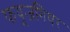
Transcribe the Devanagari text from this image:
फयूजगियर